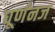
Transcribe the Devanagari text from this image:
घूर्णनज